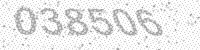
Solution: 038506